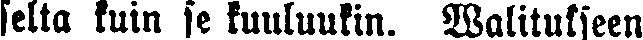
selta kuin se kuuluukin. Walitukseen